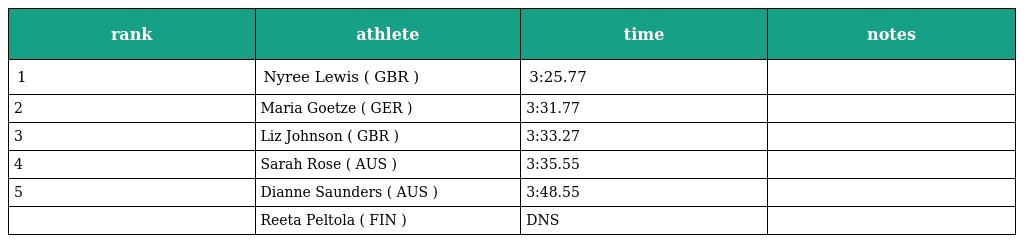
| rank | athlete | time | notes |
 | --- | --- | --- | --- |
 | 1 | Nyree Lewis ( GBR ) | 3:25.77 |  |
 | 2 | Maria Goetze ( GER ) | 3:31.77 |  |
 | 3 | Liz Johnson ( GBR ) | 3:33.27 |  |
 | 4 | Sarah Rose ( AUS ) | 3:35.55 |  |
 | 5 | Dianne Saunders ( AUS ) | 3:48.55 |  |
 |  | Reeta Peltola ( FIN ) | DNS |  |